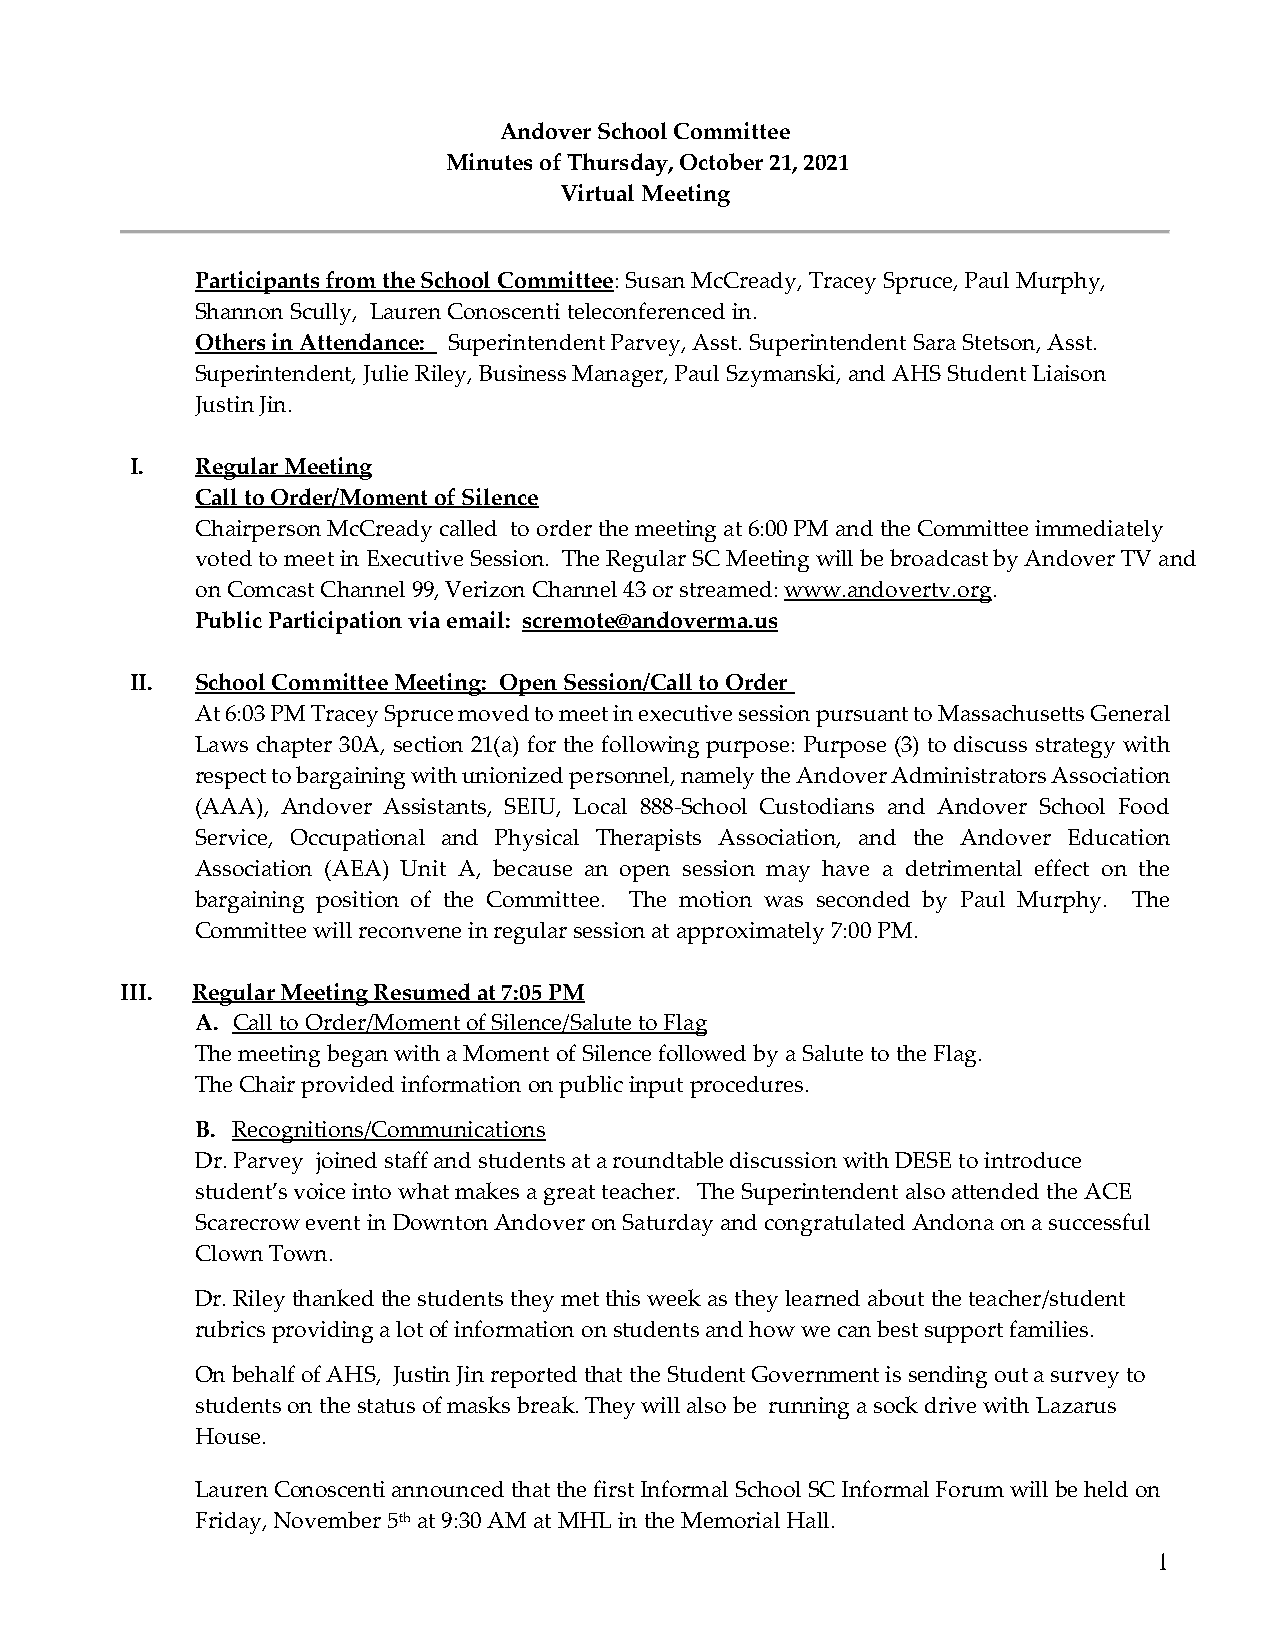
Andover School Committee
 Minutes of Thursday, October 21, 2021
 Virtual Meeting
 Participants from the School Committee: Susan McCready, Tracey Spruce, Paul Murphy,
 Shannon Scully, Lauren Conoscenti teleconferenced in.
 Others in Attendance: Superintendent Parvey, Asst. Superintendent Sara Stetson, Asst.
 Superintendent, Julie Riley, Business Manager, Paul Szymanski, and AHS Student Liaison
 Justin Jin.
 I.  Regular Meeting
 Call to Order/Moment of Silence
 Chairperson McCready called to order the meeting at 6:00 PM and the Committee immediately
 voted to meet in Executive Session. The Regular SC Meeting will be broadcast by Andover TV and
 on Comcast Channel 99, Verizon Channel 43 or streamed: www.andovertv.org.
 Public Participation via email: scremote@andoverma.us
 II. School Committee Meeting: Open Session/Call to Order
 At 6:03 PM Tracey Spruce moved to meet in executive session pursuant to Massachusetts General
 Laws chapter 30A, section 21(a) for the following purpose: Purpose (3) to discuss strategy with
 respect to bargaining with unionized personnel, namely the Andover Administrators Association
 (AAA), Andover Assistants, SEIU, Local 888-School Custodians and Andover School Food
 Service, Occupational and Physical Therapists Association, and the Andover Education
 Association (AEA) Unit A, because an open session may have a detrimental effect on the
 bargaining position of the Committee. The motion was seconded by Paul Murphy. The
 Committee will reconvene in regular session at approximately 7:00 PM.
 III. Regular Meeting Resumed at 7:05 PM
 A. Call to Order/Moment of Silence/Salute to Flag
 The meeting began with a Moment of Silence followed by a Salute to the Flag.
 The Chair provided information on public input procedures.
 B. Recognitions/Communications
 Dr. Parvey joined staff and students at a roundtable discussion with DESE to introduce
 student’s voice into what makes a great teacher. The Superintendent also attended the ACE
 Scarecrow event in Downton Andover on Saturday and congratulated Andona on a successful
 Clown Town.
 Dr. Riley thanked the students they met this week as they learned about the teacher/student
 rubrics providing a lot of information on students and how we can best support families.
 On behalf of AHS, Justin Jin reported that the Student Government is sending out a survey to
 students on the status of masks break. They will also be running a sock drive with Lazarus
 House.
 Lauren Conoscenti announced that the first Informal School SC Informal Forum will be held on
 Friday, November 5th at 9:30 AM at MHL in the Memorial Hall.
 1